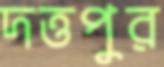
দত্তপুর